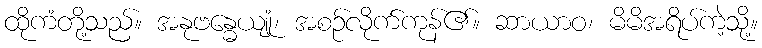
ထိုကံတို့သည်။ အနုဗန္ဓေယျုံ၊ အစဉ်လိုက်ကုန်၏။ ဆာယာဝ၊ မိမိအရိပ်ကဲ့သို့။